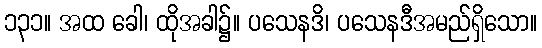
၁၃၁။ အထ ခေါ၊ ထိုအခါ၌။ ပသေနဒိ၊ ပသေနဒီအမည်ရှိသော။